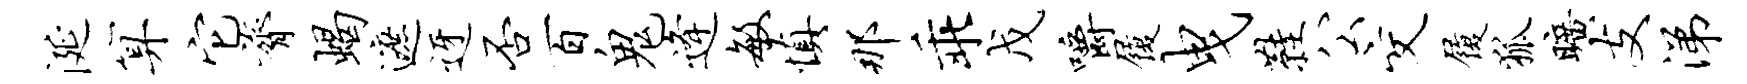
涎算它膂蝎遮迓否百鬼逄敏慎那乖戊嚼履曳鞋公交履狐旷支涕